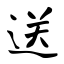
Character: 送